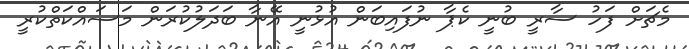
މެޗަށް ފަހު ސާރީ ބުނީ ކެޕާ ނުފައިބަން އުޅުނީ އޭނާ ބަދަލުކުރަން މަސައްކަތްކުރީ